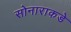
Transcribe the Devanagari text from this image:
सोनाराकडे